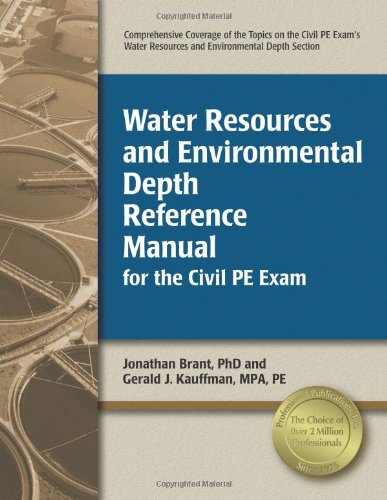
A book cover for Water Resources and Environmental Depth Reference Manual for the Civil PE Exam; Jonathan Brant PhD; Science & Math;